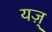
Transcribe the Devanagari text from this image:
यज़्